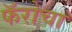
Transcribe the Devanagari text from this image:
फॅरोचा